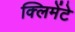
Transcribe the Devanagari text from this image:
क्लिमेंटे